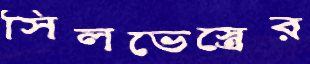
সিলভেস্ত্রের